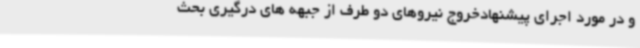
و در مورد اجرای پیشنهادخروج نیروهای دو طرف از جبهه های درگیری بحث